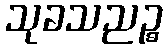
သုခသညဉ္စ